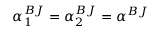
\alpha _ { 1 } ^ { B J } = \alpha _ { 2 } ^ { B J } = \alpha ^ { B J }